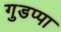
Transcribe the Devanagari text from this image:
गुडप्पा